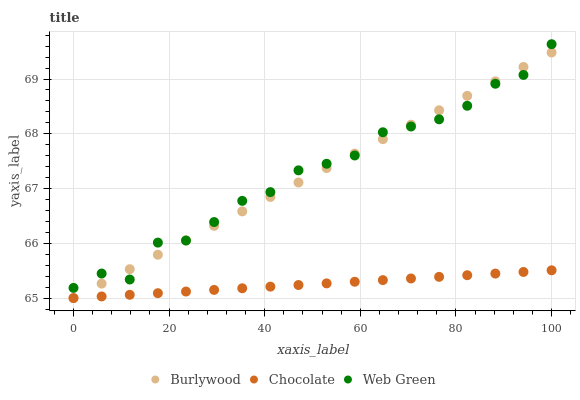
| xaxis_label | Burlywood | Chocolate | Web Green |
 | --- | --- | --- | --- |
 | 0 | 65 | 65 | 65.2 |
 | 5.88 | 65.3 | 65 | 65.4 |
 | 11.8 | 65.5 | 65.1 | 65.3 |
 | 17.6 | 65.8 | 65.1 | 66 |
 | 23.5 | 66.1 | 65.1 | 66.1 |
 | 29.4 | 66.3 | 65.1 | 66.4 |
 | 35.3 | 66.6 | 65.2 | 66.8 |
 | 41.2 | 66.8 | 65.2 | 66.9 |
 | 47.1 | 67.1 | 65.2 | 67.3 |
 | 52.9 | 67.4 | 65.3 | 67.5 |
 | 58.8 | 67.6 | 65.3 | 67.6 |
 | 64.7 | 67.9 | 65.3 | 68 |
 | 70.6 | 68.2 | 65.4 | 68.1 |
 | 76.5 | 68.4 | 65.4 | 68.3 |
 | 82.4 | 68.7 | 65.4 | 68.5 |
 | 88.2 | 69 | 65.4 | 68.9 |
 | 94.1 | 69.2 | 65.5 | 69.1 |
 | 100 | 69.5 | 65.5 | 69.6 |